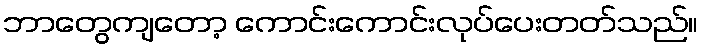
ဘာတွေကျတော့ ကောင်းကောင်းလုပ်ပေးတတ်သည်။